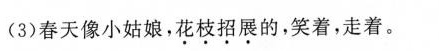
(3)春天像小姑娘，花枝招展的，笑着，走着。